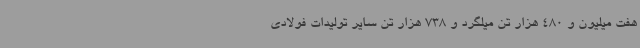
هفت میلیون و 480 هزار تن میلگرد و 738 هزار تن سایر تولیدات فولادی